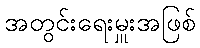
အတွင်းရေးမှူးအဖြစ်